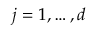
j = 1 , \ldots , d